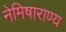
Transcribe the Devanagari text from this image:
नेमिषाराण्य